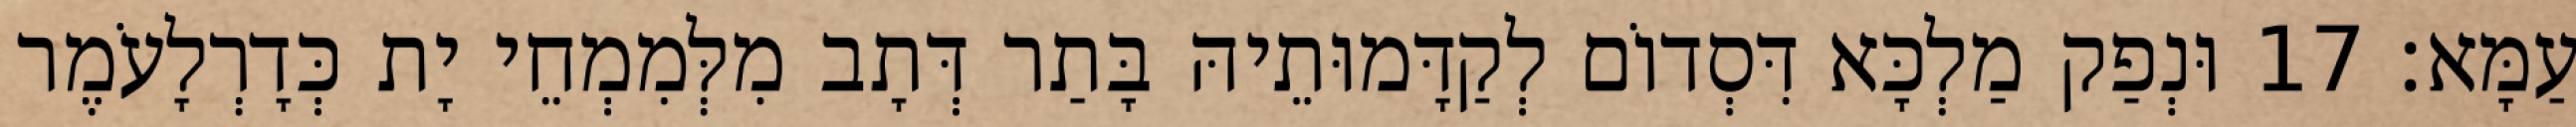
עַמָּא׃ 17 וּנְפַק מַלְכָּא דִּסְדוֹם לְקַדָּמוּתֵיהּ בָּתַר דְּתָב מִלְּמִמְחֵי יָת כְּדָרְלָעֹמֶר